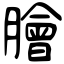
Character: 膾